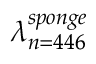
\lambda _ { n = 4 4 6 } ^ { s p o n g e }